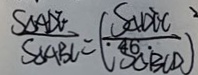
\frac { S _ { \Delta A D E } } { S _ { \Delta A B C } } = ( \frac { S _ { \Delta D E C } } { S _ { \Delta B C D } } ) ^ { 2 }